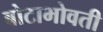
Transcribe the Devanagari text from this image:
बोटाभोवती